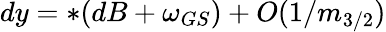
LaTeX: dy=*(dB+\omega_{GS})+O(1/m_{3/2})